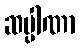
ဆပ္ပါဏာ